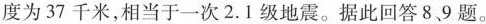
度为37千米，相当于一次2.1级地震。据此回答8、9题。